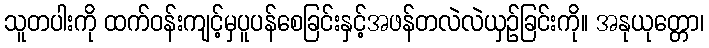
သူတပါးကို ထက်ဝန်းကျင့်မှပူပန်စေခြင်းနှင့်အဖန်တလဲလဲယှဉ်ခြင်းကို။ အနုယုတ္တော၊